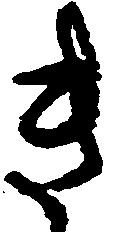
き